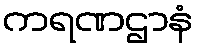
ကရဏဌာနံ